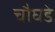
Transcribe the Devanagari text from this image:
चौघडे